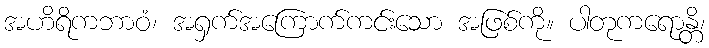
အဟိရိကဘာဝံ၊ အရှက်အကြောက်ကင်းသော အဖြစ်ကို။ ပါတုကရောန္တိ၊